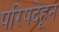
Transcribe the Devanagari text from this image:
परिषदेहून